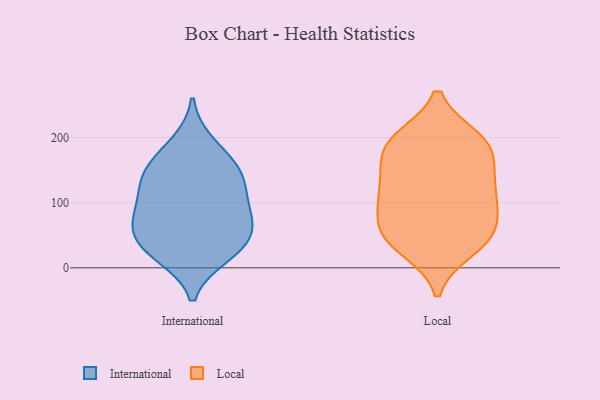
{"axis": {"x": "Revenue (USD Million)", "y": "Value"}, "legend": ["International", "Local"], "data": [{"x": "", "y": 25, "type": "International"}, {"x": "", "y": 20, "type": "International"}, {"x": "", "y": 77, "type": "International"}, {"x": "", "y": 94, "type": "International"}, {"x": "", "y": 190, "type": "International"}, {"x": "", "y": 138, "type": "International"}, {"x": "", "y": 137, "type": "International"}, {"x": "", "y": 56, "type": "International"}, {"x": "", "y": 162, "type": "International"}, {"x": "", "y": 140, "type": "International"}, {"x": "", "y": 92, "type": "International"}, {"x": "", "y": 35, "type": "International"}, {"x": "", "y": 57, "type": "International"}, {"x": "", "y": 191, "type": "Local"}, {"x": "", "y": 72, "type": "Local"}, {"x": "", "y": 118, "type": "Local"}, {"x": "", "y": 68, "type": "Local"}, {"x": "", "y": 41, "type": "Local"}, {"x": "", "y": 170, "type": "Local"}, {"x": "", "y": 30, "type": "Local"}, {"x": "", "y": 40, "type": "Local"}, {"x": "", "y": 151, "type": "Local"}, {"x": "", "y": 197, "type": "Local"}, {"x": "", "y": 116, "type": "Local"}, {"x": "", "y": 196, "type": "Local"}, {"x": "", "y": 121, "type": "Local"}, {"x": "", "y": 105, "type": "Local"}, {"x": "", "y": 56, "type": "Local"}, {"x": "", "y": 188, "type": "Local"}]}